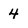
Character: 4